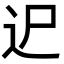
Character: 迉